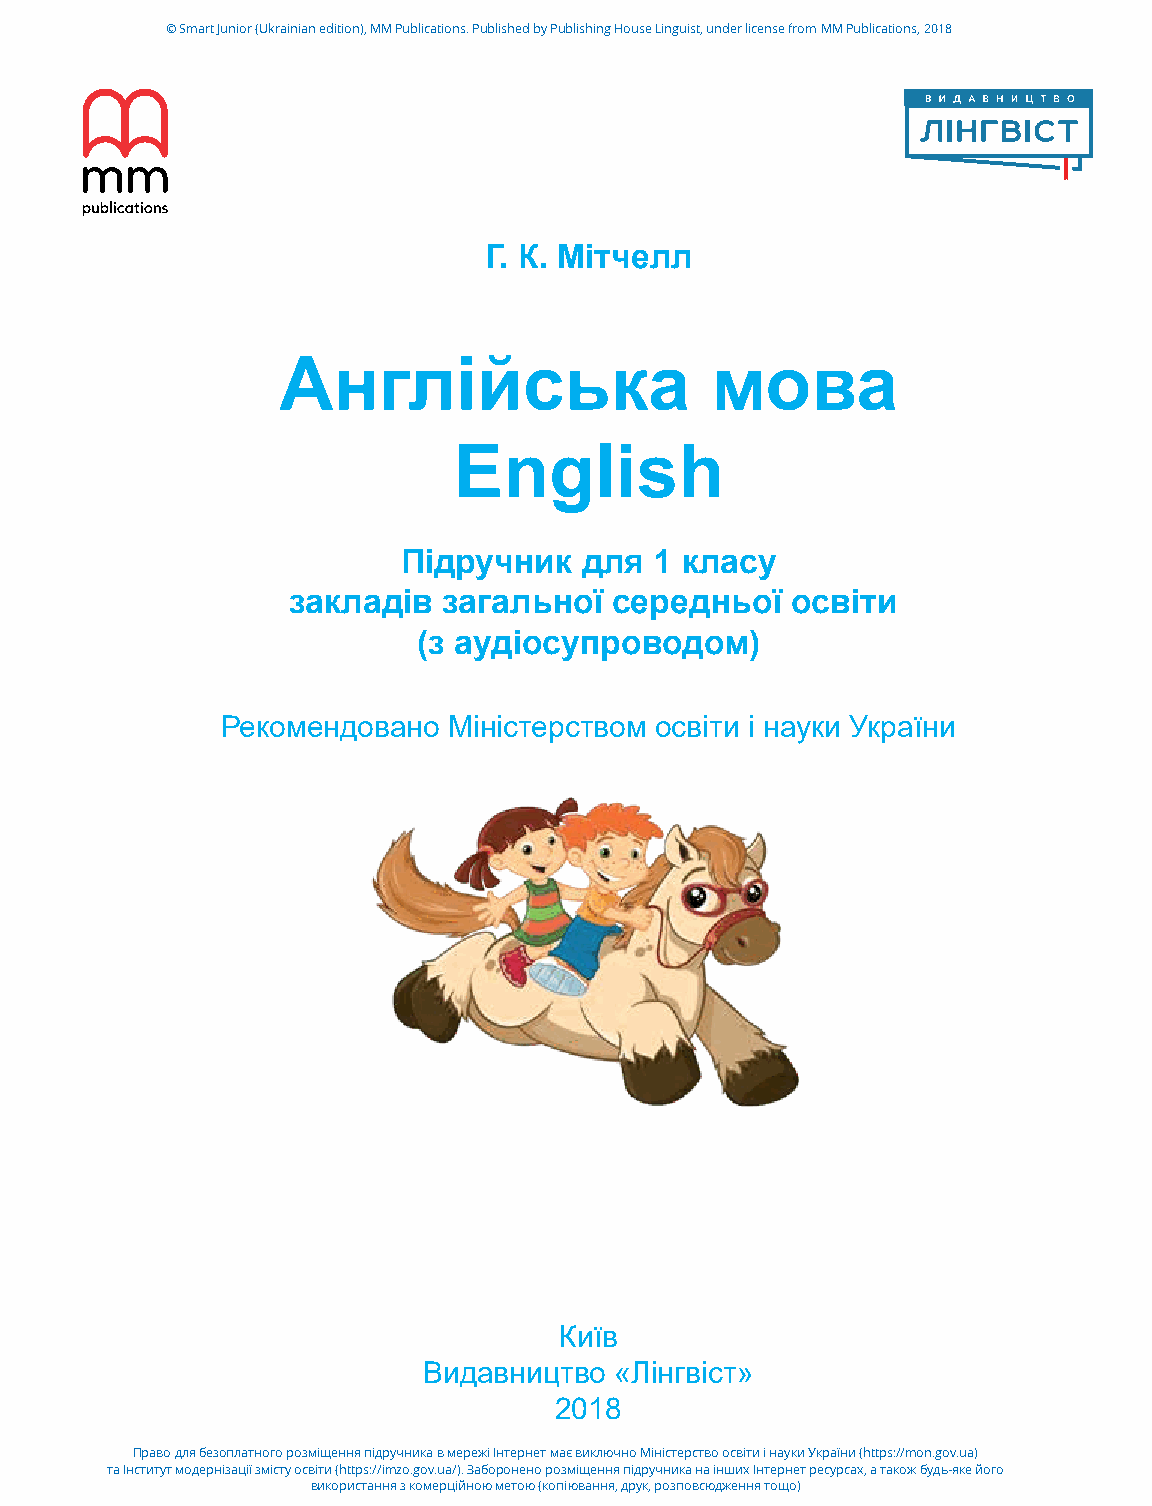
© Smart Junior (Ukrainian edition), MM Publications. Published by Publishing House Linguist, under license from MM Publications, 2018
 Г. К. Мітчелл
 Англійська                   мова
 English
 Підручник  для  1 класу
 закладів  загальної   середньої  освіти
 (з аудіосупроводом)
 Рекомендовано  Міністерством освіти і науки України
 Київ
 Видавництво  «Лінгвіст»
 2018
 Право для безоплатного розміщення підручника в мережі Інтернет має виключно Міністерство освіти і науки України (https://mon.gov.ua)
 та Інститут модернізації змісту освіти (https://imzo.gov.ua/). Заборонено розміщення підручника на інших Інтернет ресурсах, а також будь-яке його
 використання з комерційною метою (копіювання, друк, розповсюдження тощо)